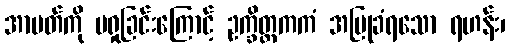
အာပတ်ကို မရှုခြင်းကြောင့် ဥက္ခိတ္တကကံ အပြုခံရသော ရဟန်း၊